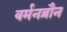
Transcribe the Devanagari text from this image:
बर्मनब्रौन